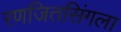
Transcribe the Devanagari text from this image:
रणजितसिंगला